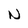
Character: N